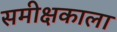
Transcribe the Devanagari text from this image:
समीक्षकाला